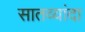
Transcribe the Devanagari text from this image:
सातव्यांदा